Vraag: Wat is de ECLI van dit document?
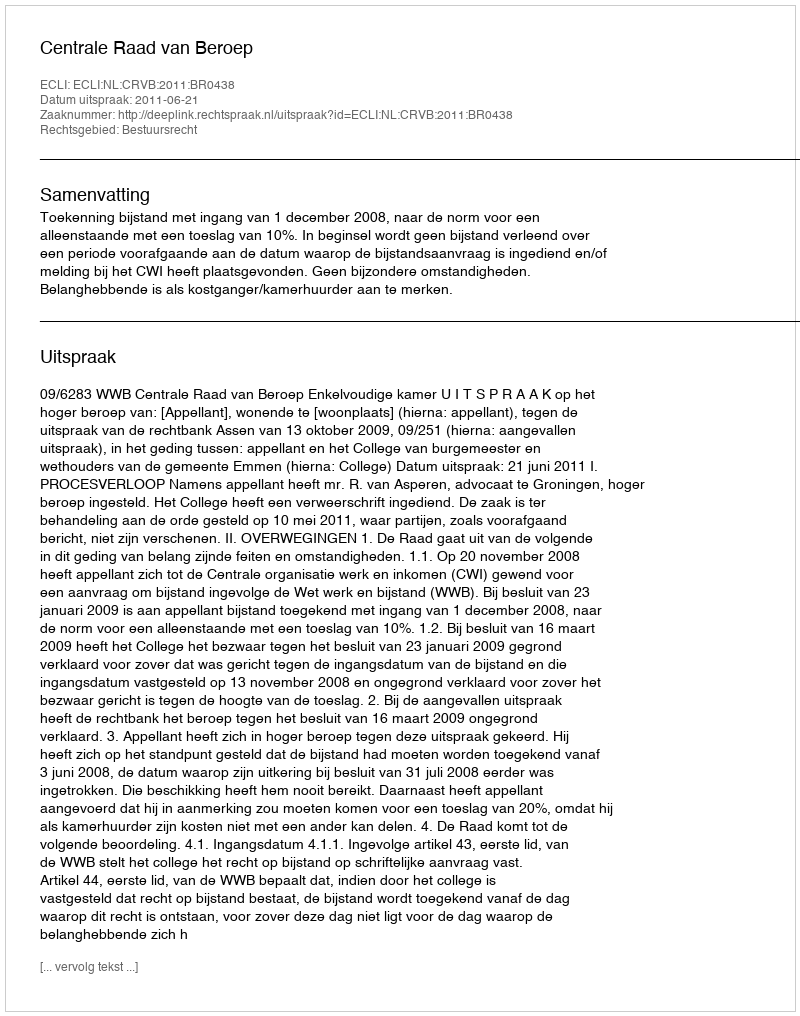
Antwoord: ECLI:NL:CRVB:2011:BR0438